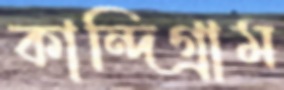
কান্দিগ্রাম